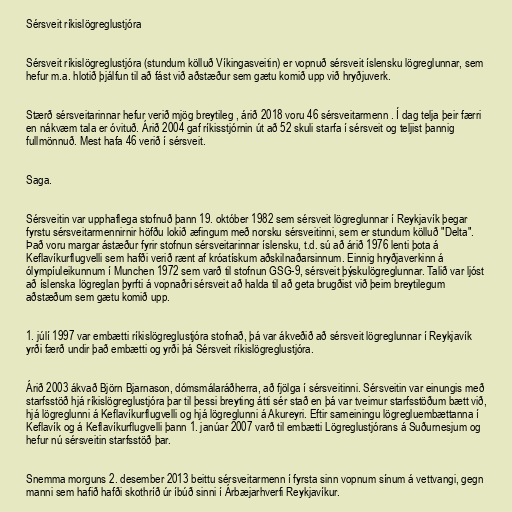
Sérsveit ríkislögreglustjóra

Sérsveit ríkislögreglustjóra (stundum kölluð Víkingasveitin) er vopnuð sérsveit íslensku lögreglunnar, sem
hefur m.a. hlotið þjálfun til að fást við aðstæður sem gætu komið upp við hryðjuverk.

Stærð sérsveitarinnar hefur verið mjög breytileg , árið 2018 voru 46 sérsveitarmenn . Í dag telja þeir færri
en nákvæm tala er óvituð. Árið 2004 gaf ríkisstjórnin út að 52 skuli starfa í sérsveit og teljist þannig
fullmönnuð. Mest hafa 46 verið í sérsveit.

Saga.

Sérsveitin var upphaflega stofnuð þann 19. október 1982 sem sérsveit lögreglunnar í Reykjavík þegar
fyrstu sérsveitarmennirnir höfðu lokið æfingum með norsku sérsveitinni, sem er stundum kölluð "Delta".
Það voru margar ástæður fyrir stofnun sérsveitarinnar íslensku, t.d. sú að árið 1976 lenti þota á
Keflavíkurflugvelli sem hafði verið rænt af króatískum aðskilnaðarsinnum. Einnig hryðjaverkinn á
ólympíuleikunnum í Munchen 1972 sem varð til stofnun GSG-9, sérsveit þýskulögreglunnar. Talið var ljóst
að íslenska lögreglan þyrfti á vopnaðri sérsveit að halda til að geta brugðist við þeim breytilegum
aðstæðum sem gætu komið upp.

1. júlí 1997 var embætti ríkislögreglustjóra stofnað, þá var ákveðið að sérsveit lögreglunnar í Reykjavík
yrði færð undir það embætti og yrði þá Sérsveit ríkislögreglustjóra.

Árið 2003 ákvað Björn Bjarnason, dómsmálaráðherra, að fjölga í sérsveitinni. Sérsveitin var einungis með
starfsstöð hjá ríkislögreglustjóra þar til þessi breyting átti sér stað en þá var tveimur starfsstöðum bætt við,
hjá lögreglunni á Keflavíkurflugvelli og hjá lögreglunni á Akureyri. Eftir sameiningu lögregluembættanna í
Keflavík og á Keflavíkurflugvelli þann 1. janúar 2007 varð til embætti Lögreglustjórans á Suðurnesjum og
hefur nú sérsveitin starfsstöð þar.

Snemma morguns 2. desember 2013 beittu sérsveitarmenn í fyrsta sinn vopnum sínum á vettvangi, gegn
manni sem hafið hafði skothríð úr íbúð sinni í Árbæjarhverfi Reykjavíkur.